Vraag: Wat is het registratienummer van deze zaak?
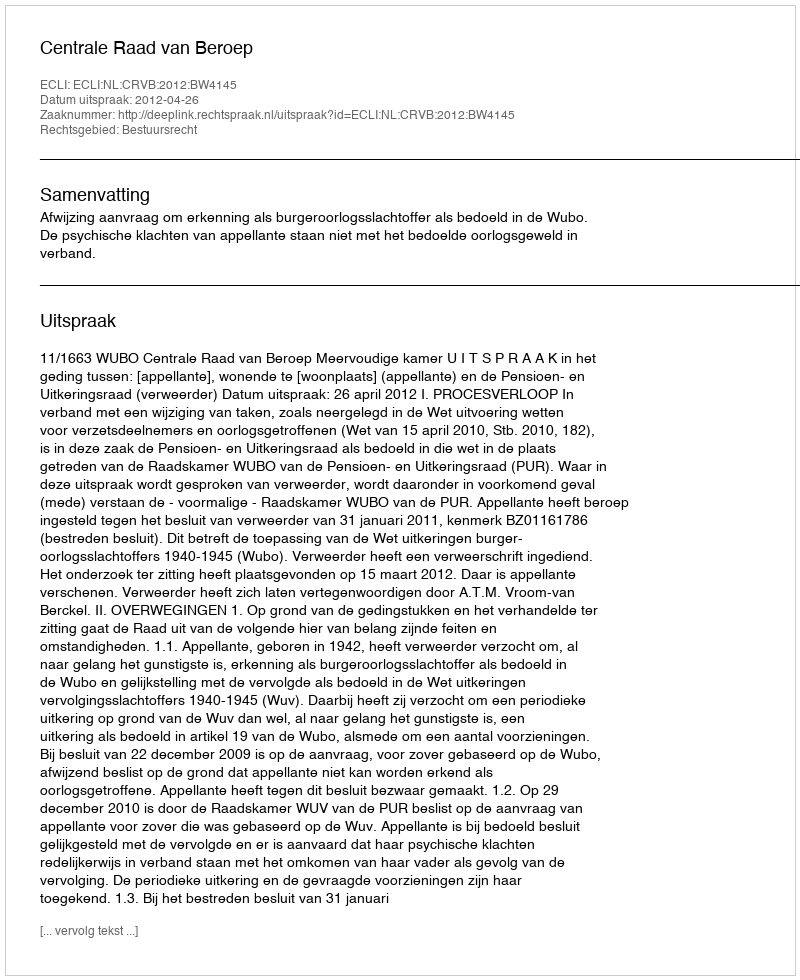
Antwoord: http://deeplink.rechtspraak.nl/uitspraak?id=ECLI:NL:CRVB:2012:BW4145